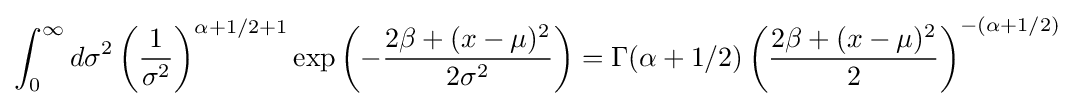
\int _{0}^{\infty }d\sigma ^{2}\left({\frac {1}{\sigma ^{2}}}\right)^{\alpha +1/2+1}\exp \left(-{\frac {2\beta +(x-\mu )^{2}}{2\sigma ^{2}}}\right)=\Gamma (\alpha +1/2)\left({\frac {2\beta +(x-\mu )^{2}}{2}}\right)^{-(\alpha +1/2)}